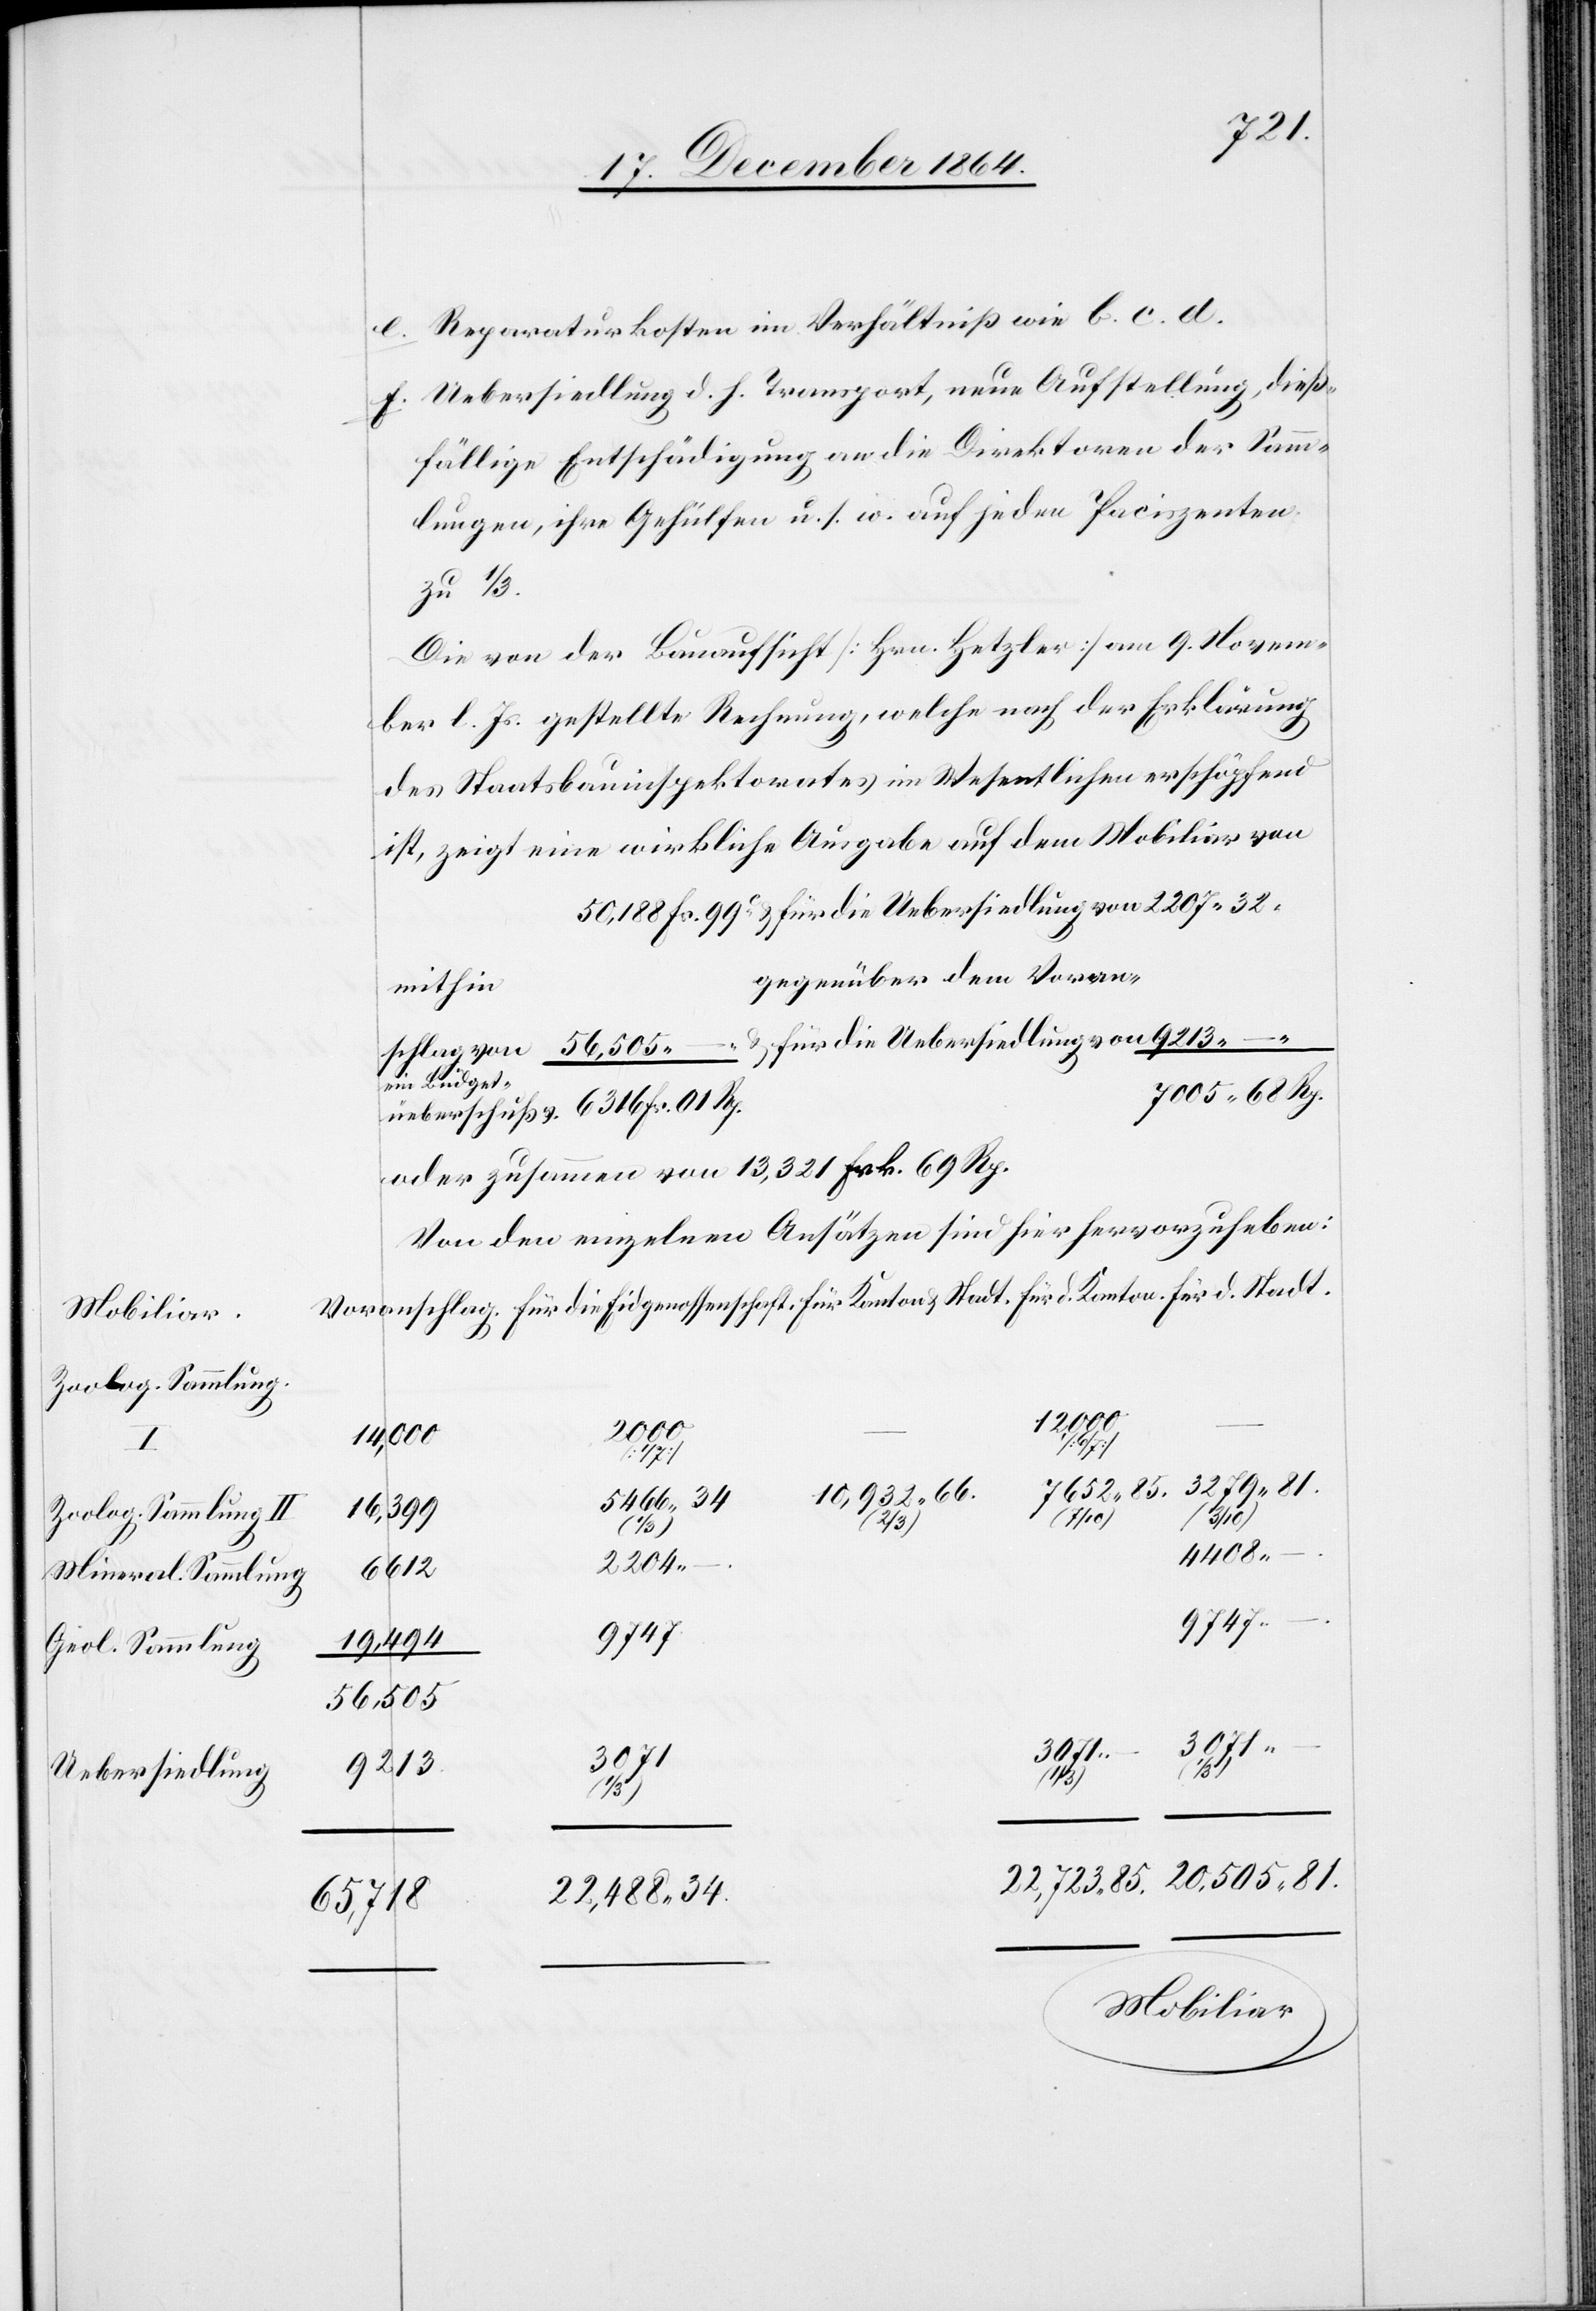
Mobiliar.
Zoolog. Sammlung.
–
Zoolog. Sammlung II
Mineral. Sammlung
Geol. Sammlung
Uebersiedlung

Reparaturkosten im Verhältniß wie b. c. d.
Uebersiedlung d. h. Transport, neue Aufstellung, dieß¬
fällige Entschädigung an die Direktionen der Samm¬
lungen, ihre Gehülfen u. s. w. auf jeden Paciszenten
zu 1/3 .
Die von der Bauaufsicht [Hrn. Hetzler] am 9. Novem¬
ber l. Js. gestellte Rechnung, welche nach der Erklärung
des Staatsbauinspektorates im Wesentlichen erschöpfend
ist, zeigt eine wirkliche Ausgabe auf dem Mobiliar von
gegenüber dem Voran¬
mithin
die Eidgen¬
7005.68 Rp.
oder zusammen von 13,321 Frk. 69 Rp.
Von den einzelnen Ansätzen sind hier hervorzuheben:
3 279.81
3 071
747.
–.
7 652.85.
10,932.66.
5 466.34
16,399
von
Vor¬
(1/3)
(1/3)
9 747
19,494
56,505
50,188
Stadt.
d.
9 213.
22,723.85.
20,505.81.
Mobiliar